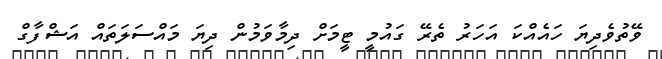
ވޭތުވެދިޔަ ހައެއްކަ އަހަރު ތެރޭ ގައުމީ ޓީމަށް ދިމާވަމުން ދިޔަ މައްސަލަތައް އަޝްފާގް